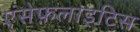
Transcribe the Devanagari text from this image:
एंसेफ़लाइटिस